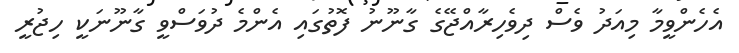
އެހެންވީމާ މިއަދު ވެސް ދިވެހިރާއްޖޭގެ ގާނޫނު ފޮތުގައި އެންމެ ދުވަސްވީ ގާނޫނަކީ ހިޖުރީ